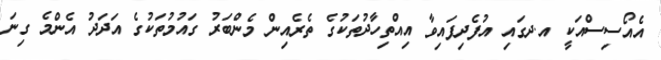
އެއޯސިސްއަކީ އ.ދގައި އުފެދިފައިވާ އިއްތިހާދުތަކުގެ ތެރެއިން މެންބަރު ގައުމުތަކުގެ އަދަދު އެންމެ ގިނަ